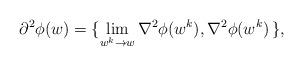
LaTeX: \begin{align*}\partial^2 \phi(w) = \{\displaystyle\lim_{w^k\to w} \nabla^2 \phi(w^k), \nabla^2 \phi(w^k) \,\},\end{align*}